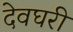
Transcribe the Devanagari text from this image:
देवघरी